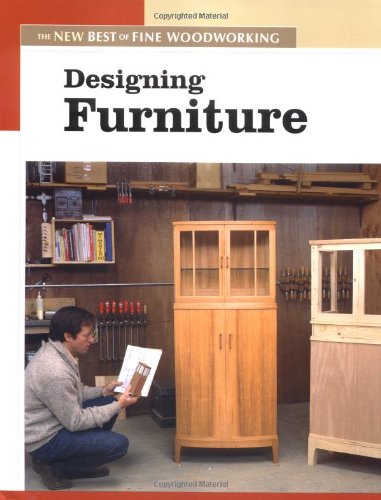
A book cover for Designing Furniture: The New Best of Fine Woodworking; Editors of Fine Woodworking; Crafts, Hobbies & Home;